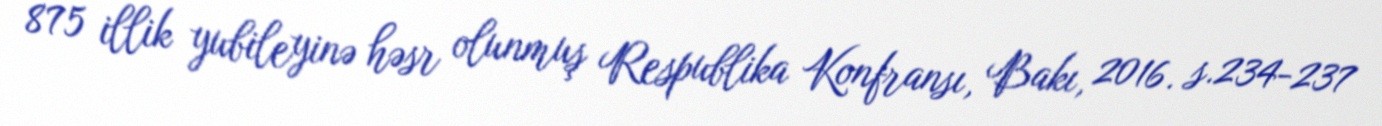
875 illik yubileyinə həsr olunmuş Respublika Konfransı, Bakı, 2016. s.234-237